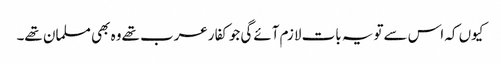
کیوں کہ اس سےتویہ بات لازم آئےگی جوکفارعرب تھےوہ بھی مسلمان تھے۔